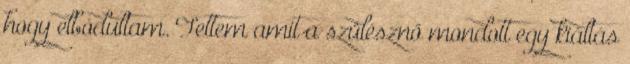
hogy elbódultam. Tettem amit a szülésznő mondott egy kiáltás